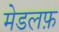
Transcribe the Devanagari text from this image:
मेडलफ़